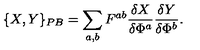
\{ X , Y \} _ { P B } = \sum _ { a , b } F ^ { a b } \frac { \delta X } { \delta \Phi ^ { a } } \frac { \delta Y } { \delta \Phi ^ { b } } .